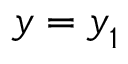
{ \boldsymbol { y } } = { \boldsymbol { y } } _ { 1 }